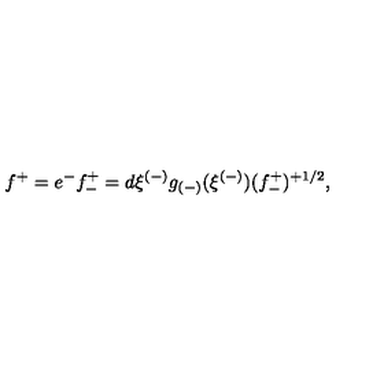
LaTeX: f ^ { + } = e ^ { - } f _ { - } ^ { + } = d \xi ^ { ( - ) } g _ { ( - ) } ( \xi ^ { ( - ) } ) ( f _ { - } ^ { + } ) ^ { + 1 / 2 } , \qquad